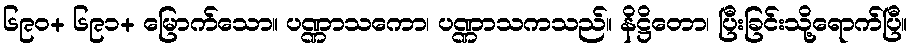
၆၉၀+ ၆၉၁+ မြောက်သော။ ပဏ္ဏာသကော၊ ပဏ္ဏာသကသည်။ နိဋ္ဌိတော၊ ပြီးခြင်းသို့ရောက်ပြီ။